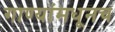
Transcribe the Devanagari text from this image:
गाण्यांमधूनच